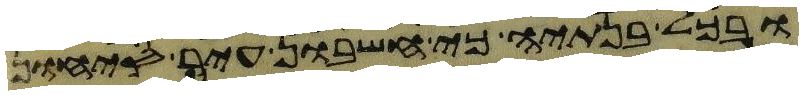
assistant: ובכל בנתיה כי חשבון עיר סיחון